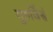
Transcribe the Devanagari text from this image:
गुरुर्विश्वं